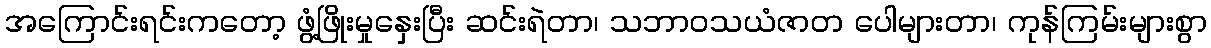
အကြောင်းရင်းကတော့ ဖွံ့ဖြိုးမှုနှေးပြီး ဆင်းရဲတာ၊ သဘာဝသယံဇာတ ပေါများတာ၊ ကုန်ကြမ်းများစွာ